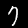
Digit: 7